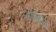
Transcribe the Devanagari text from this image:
पंजीकृण